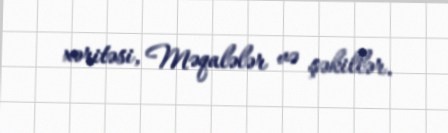
xəritəsi, Məqalələr və şəkillər.